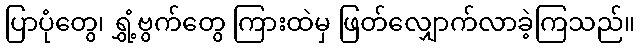
ပြာပုံတွေ၊ ရွှံ့ဗွက်တွေ ကြားထဲမှ ဖြတ်လျှောက်လာခဲ့ကြသည်။